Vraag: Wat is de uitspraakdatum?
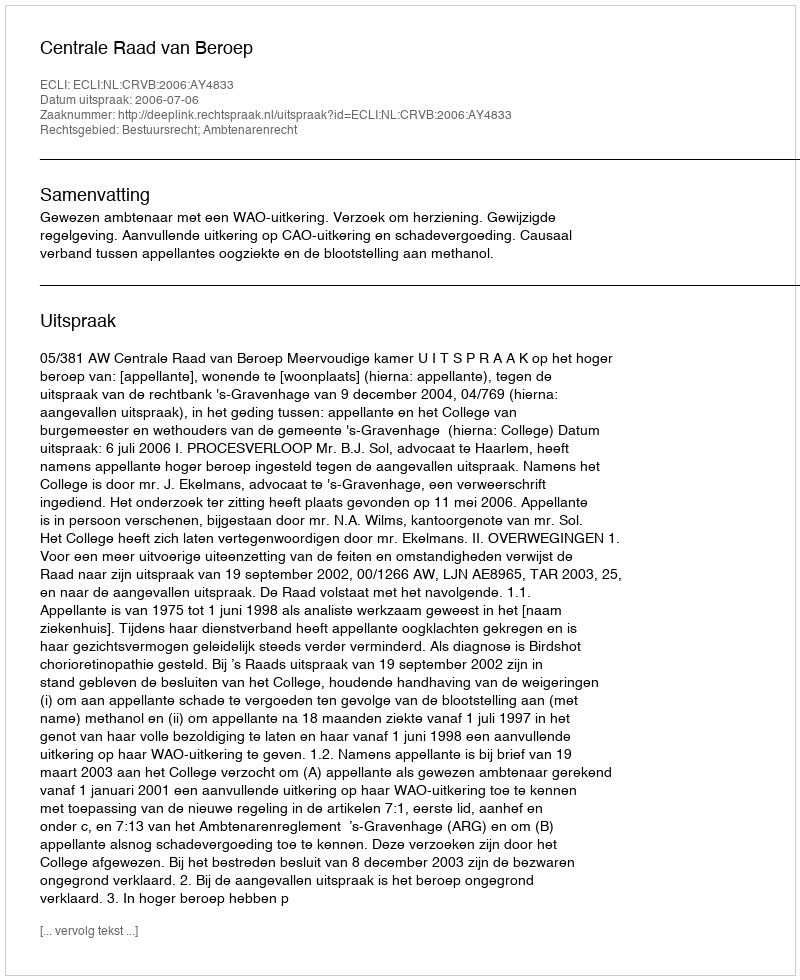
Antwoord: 2006-07-06